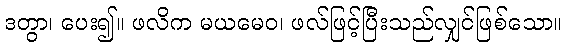
ဒတွာ၊ ပေး၍။ ဖလိက မယမေဝ၊ ဖလ်ဖြင့်ပြီးသည်လျှင်ဖြစ်သော။